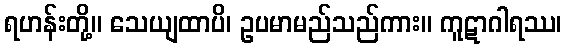
ရဟန်းတို့။ သေယျထာပိ၊ ဥပမာမည်သည်ကား။ ကူဋာဂါရဿ၊